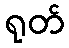
ရုတ်